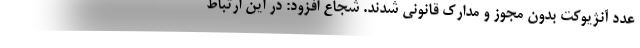
عدد آنژیوکت بدون مجوز و مدارک قانونی شدند. شجاع افزود: در این ارتباط